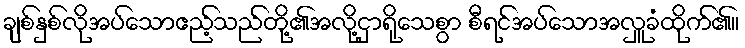
ချစ်နှစ်လိုအပ်သောဧည့်သည်တို့၏အလို့ငှာရိုသေစွာ စီရင်အပ်သောအလှူခံထိုက်၏။